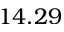
1 4 . 2 9